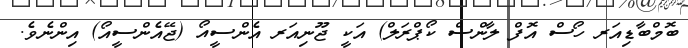
ބޮމްބާޑިއަރ ހޯސް އޮފް ލާންސް ކޯޕްރަލް) އަކީ ޖޫނިއަރ އެންސީއޯ (ޖޭއެންސީއޯ) އިންނެވެ.